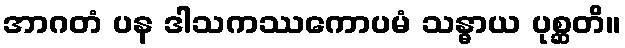
အာဂတံ ပန ဒါသကဿကောပမံ သန္ဓာယ ပုစ္ဆတိ။